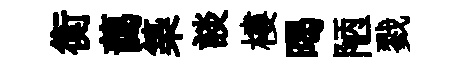
衡藹築談樓暍陋戮